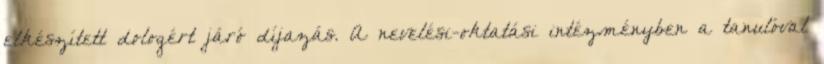
elkészített dologért járó díjazás. A nevelési-oktatási intézményben a tanulóval